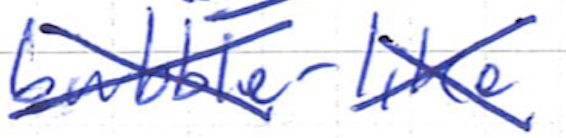
Text: bubble-like
Cross-out: cross
Writing tool: ballpoint